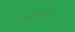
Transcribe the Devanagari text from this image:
सूर्यावलोकन